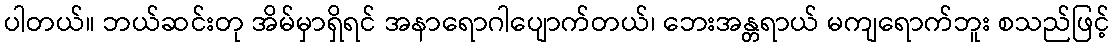
ပါတယ်။ ဘယ်ဆင်းတု အိမ်မှာရှိရင် အနာရောဂါပျောက်တယ်၊ ဘေးအန္တရာယ် မကျရောက်ဘူး စသည်ဖြင့်